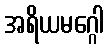
အရိယမဂ္ဂေါ